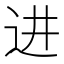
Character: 进